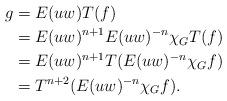
LaTeX: \begin{align*} g&=E(uw)T(f)\\ &=E(uw)^{n+1}E(uw)^{-n}\chi_{G}T(f)\\ &=E(uw)^{n+1}T(E(uw)^{-n}\chi_{G}f)\\ &=T^{n+2}(E(uw)^{-n}\chi_{G}f). \end{align*}